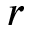
r